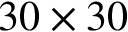
3 0 \times 3 0